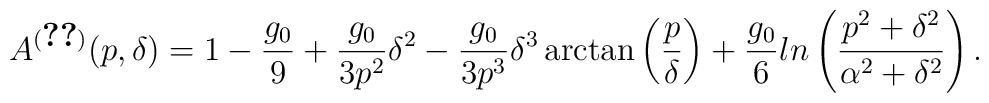
A^{(\ref{sdir})}(p,\delta)=1 - \frac{g_0}{9}+ \frac{g_0}{3p^2}\delta ^2 -\frac{g_0}{3p^3}\delta ^3 \arctan\left(\frac{p}{\delta}\right)+ \frac{g_0}{6}ln\left(\frac{p^2 + \delta ^2}{\alpha ^2 + \delta ^2}\right).